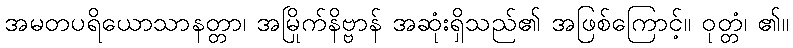
အမတပရိယောသာနတ္တာ၊ အမြိုက်နိဗ္ဗာန် အဆုံးရှိသည်၏ အဖြစ်ကြောင့်။ ဝုတ္တံ၊ ၏။